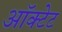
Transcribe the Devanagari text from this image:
ऑक्टेट